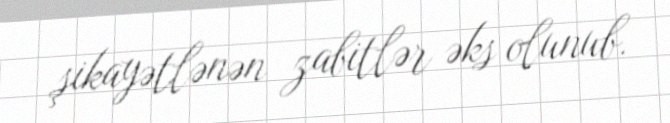
şikayətlənən zabitlər əks olunub.